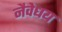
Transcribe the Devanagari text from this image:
नैवेधय